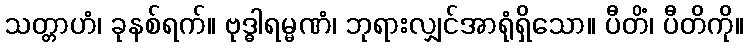
သတ္တာဟံ၊ ခုနစ်ရက်။ ဗုဒ္ဓါရမ္မဏံ၊ ဘုရားလျှင်အာရုံရှိသော။ ပီတိံ၊ ပီတိကို။